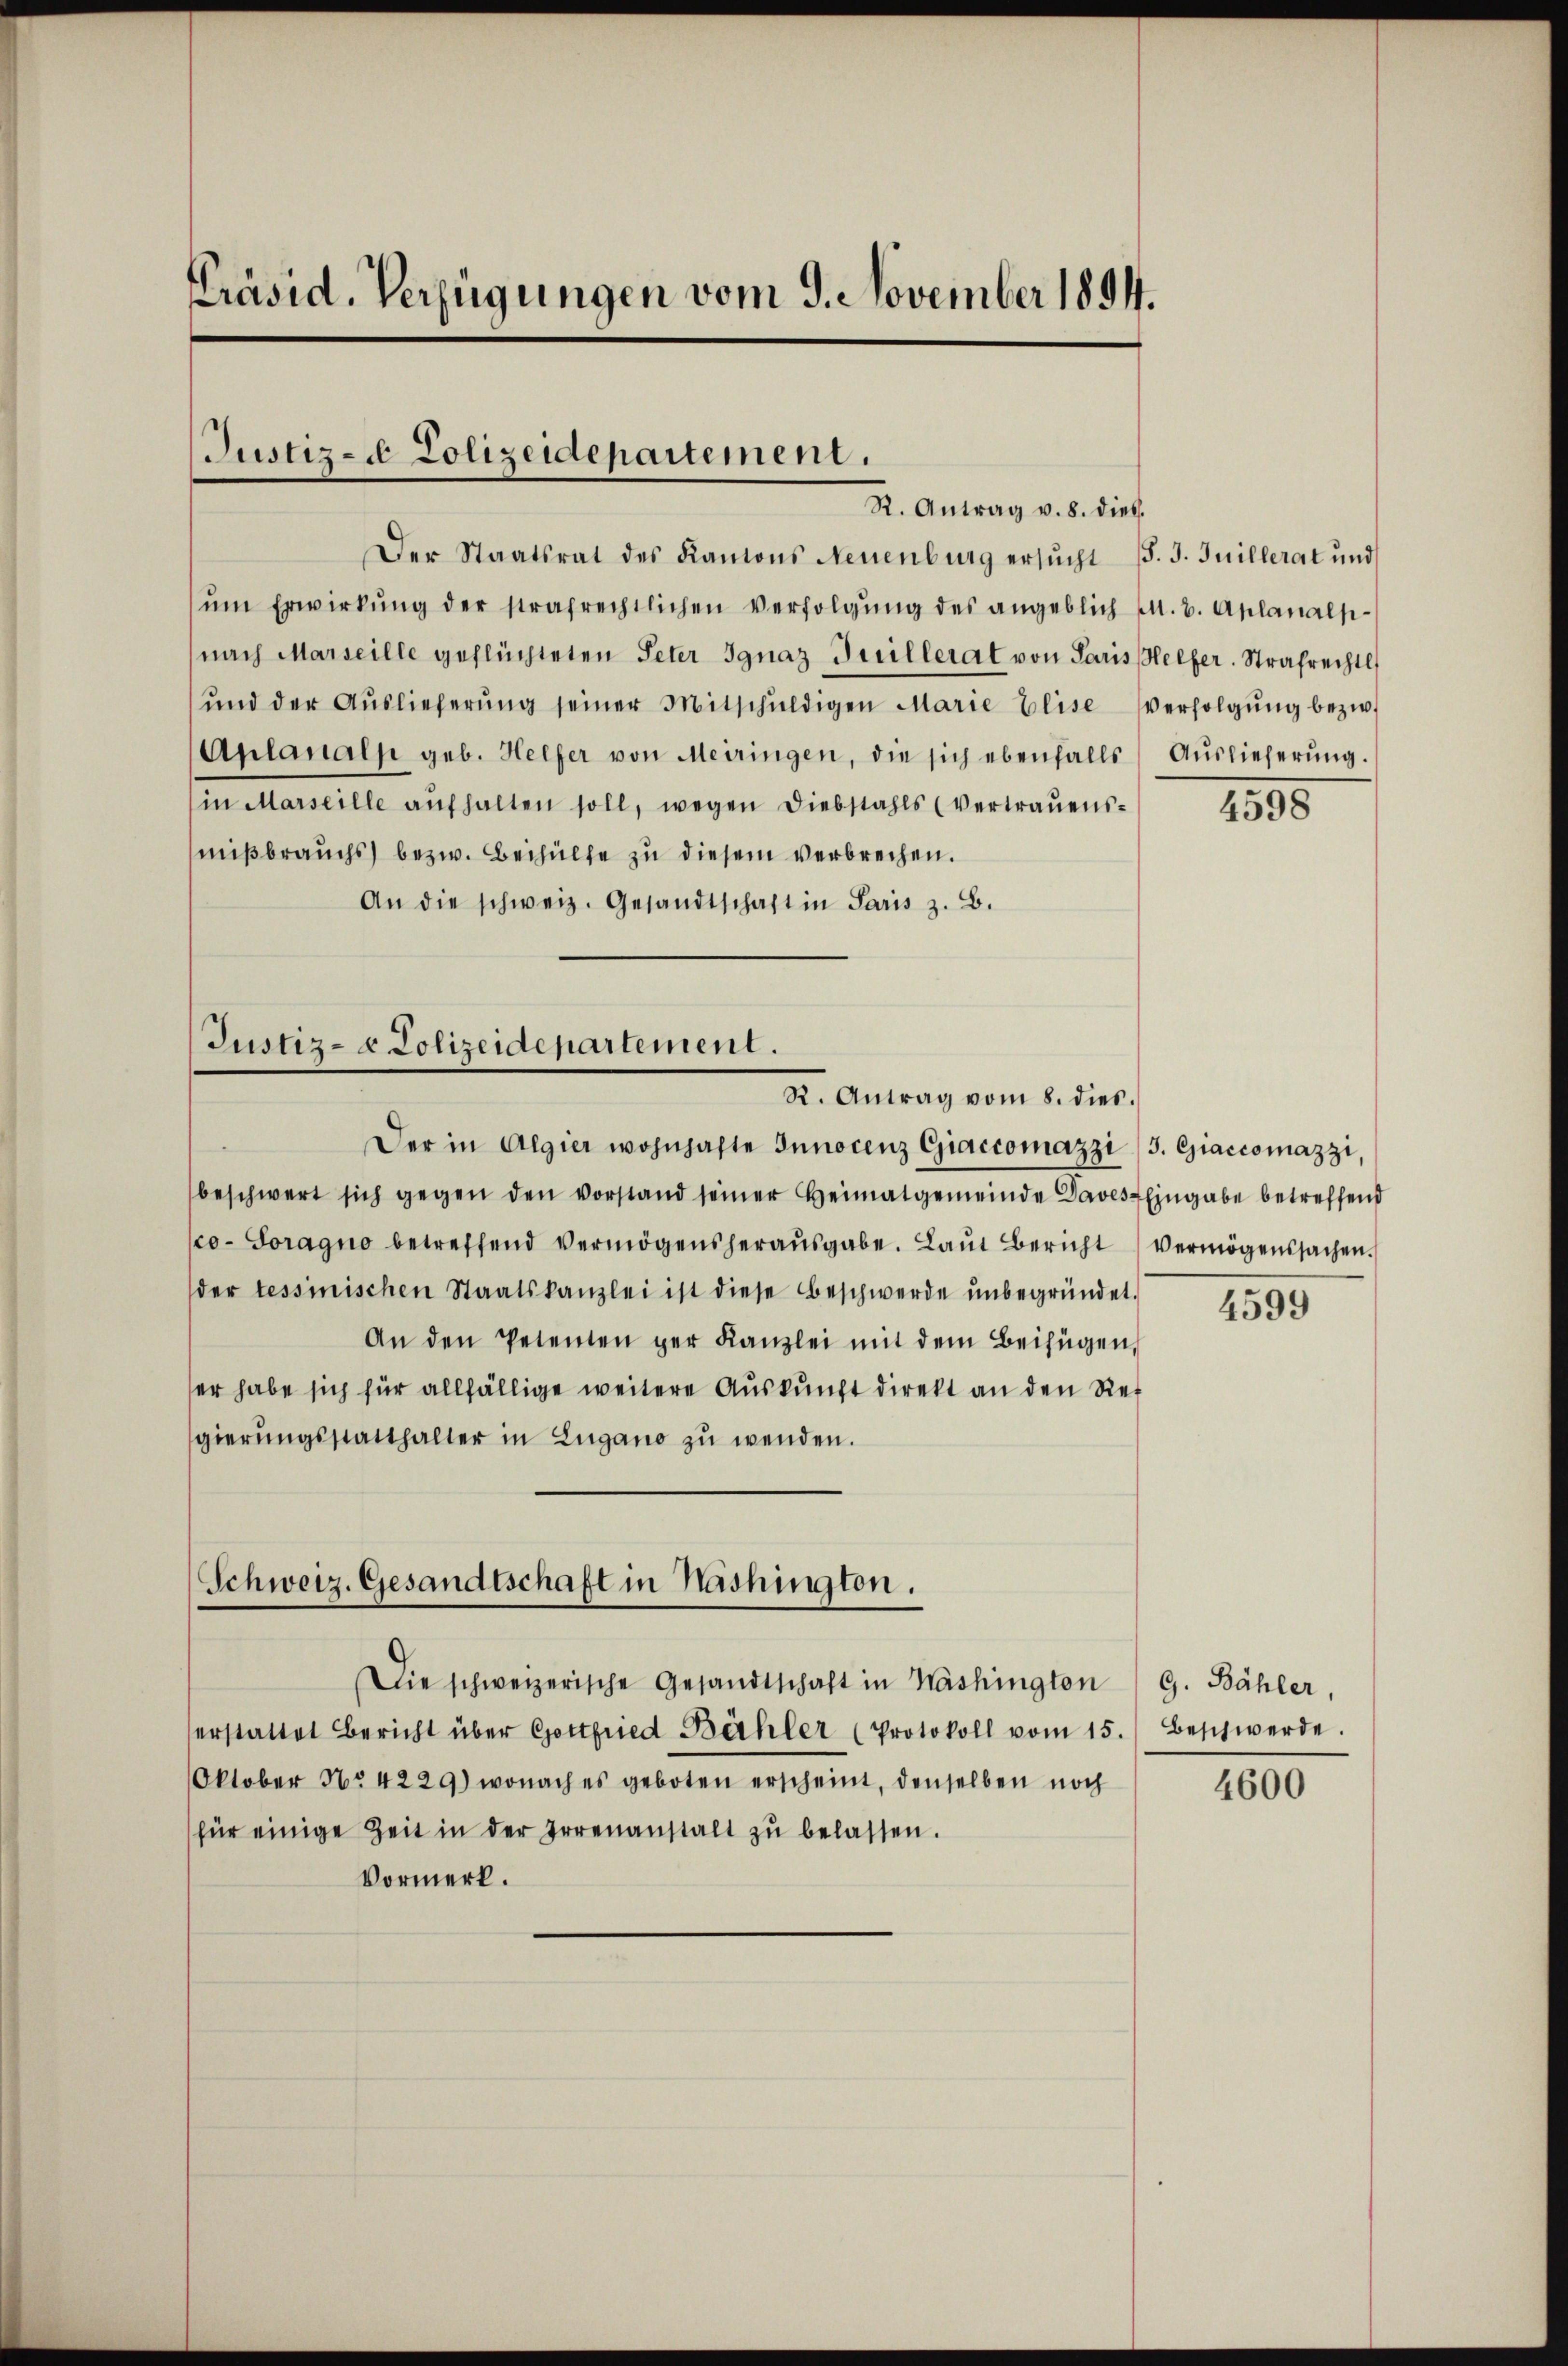
Der Staatsrat des Kantons Neuenburg ersŭcht d. J. Juillerat und
ŭm Erwirkŭng der strafrechtlichen Verfolgŭng des angeblich M. B. Aplanalp
(nach Marseille geflüchteten Peter Ignaz Guillerat von Paris elfer. Strafrechtl
ŭnd der Aŭslieferŭng seiner Mitschŭldigen Marie Elise verfolgŭng bezw.
Aplanalp geb. Helfer von Meiringen, die sich ebenfalls Aŭslieferŭng.
in Marseille aŭfhalten soll, wegen Diebstahls (vertraŭens-
mißbrauchs bezw. Beihülfe zu diesem verbrechen.
An die schweiz. Gesandtschaft in Paris z. B.

Präsid. Verfügungen vom 9. November 1894.

Justiz- & Polizeidepartement.
R. Antrag v. 8. dies.

Die schweizerische Gesandtschaft in Washington G. Bähler,
erstattet Bericht über Gottfried Bähler (Protokoll vom 15.) Beschwerde.
Oktober No. 4229) wonach es geboten erscheint, denselben noch
für einige Zeit in der Irrenanstalt zŭ belassen.
Vormerk.

Justiz- & Polizeidepartement.
R. Antrag vom 8. dies

beschwert sich gegen den vorstand seiner Heimatgemeinde Paves Eingabe betreffend
co-Soragno betreffend Vermögens herausgabe. Laut Bericht vermögenssachen.
der tessinischen Staatskanzlei ist diese Beschwerde ŭnbegründet.
An den Petenten der Kanzlei mit dem Beifügen,
er habe sich für allfällige weitere Auskunft direkt an den Regierŭngsstatthalter in Lugano zŭ wenden.

Schweiz. Gesandtschaft in Nashington.

Der in Algier wohnhafte Innocenz Giaccomazzi /3. Giaccomazzi,

1595

4599

4600